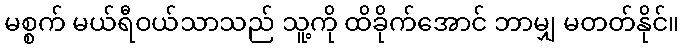
မစ္စက် မယ်ရီဝယ်သာသည် သူ့ကို ထိခိုက်အောင် ဘာမျှ မတတ်နိုင်။